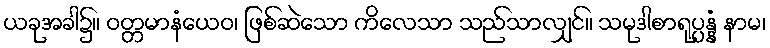
ယခုအခါ၌။ ဝတ္တမာနံယေဝ၊ ဖြစ်ဆဲသော ကိလေသာ သည်သာလျှင်။ သမုဒါစာရုပ္ပန္နံ နာမ၊